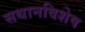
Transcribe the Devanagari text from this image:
सथानविशेष